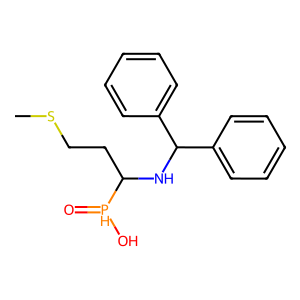
SMILES: CSCCC(NC(c1ccccc1)c1ccccc1)[PH](=O)O
Inhibits HIV replication: No